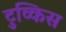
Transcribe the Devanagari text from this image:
टुव्किस